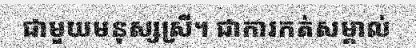
ជាមួយមនុស្សស្រី។ ជាការកត់សម្គាល់